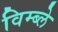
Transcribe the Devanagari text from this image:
विम्ब्ले